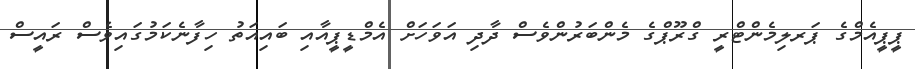
ޕީޕީއެމްގެ ޕަރލިމެންޓްރީ ގްރޫޕްގެ މެންބަަރުންވެސް ދާދި އަވަހަށް އެމްޑީޕީއާއި ބައިއަތު ހިފާނެކަމުގައިވެސް ރައީސް